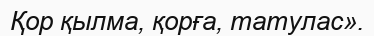
Қор қылма, қорға, татулас».